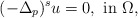
\begin{align*}(-\Delta_p)^s u=0,\mbox{ in }\Omega,\end{align*}